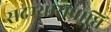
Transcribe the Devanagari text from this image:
सदभ्यासप्राप्ति